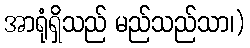
အာရုံရှိသည် မည်သည်သာ၊)